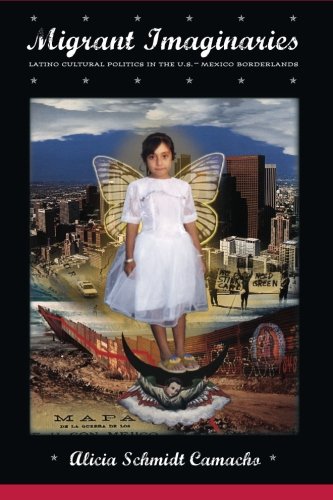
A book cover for Migrant Imaginaries: Latino Cultural Politics in the U.S.-Mexico Borderlands (Nation of Nations); Alicia Schmidt Camacho; History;